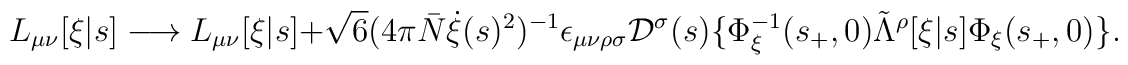
L_{\mu\nu}[\xi|s] \longrightarrow L_{\mu\nu}[\xi|s] + \sqrt{6} (4\pi \bar{N}   \dot{\xi}(s)^2)^{-1} \epsilon_{\mu\nu\rho\sigma} {\cal D}^\sigma(s)   \{\Phi_\xi^{-1}(s_+,0) \tilde{\Lambda}^\rho[\xi|s] \Phi_\xi(s_+,0) \}.